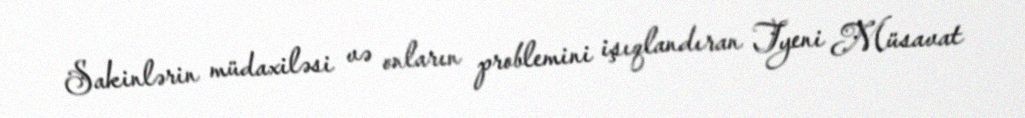
Sakinlərin müdaxiləsi və onların problemini işıqlandıran Tyeni Müsavat